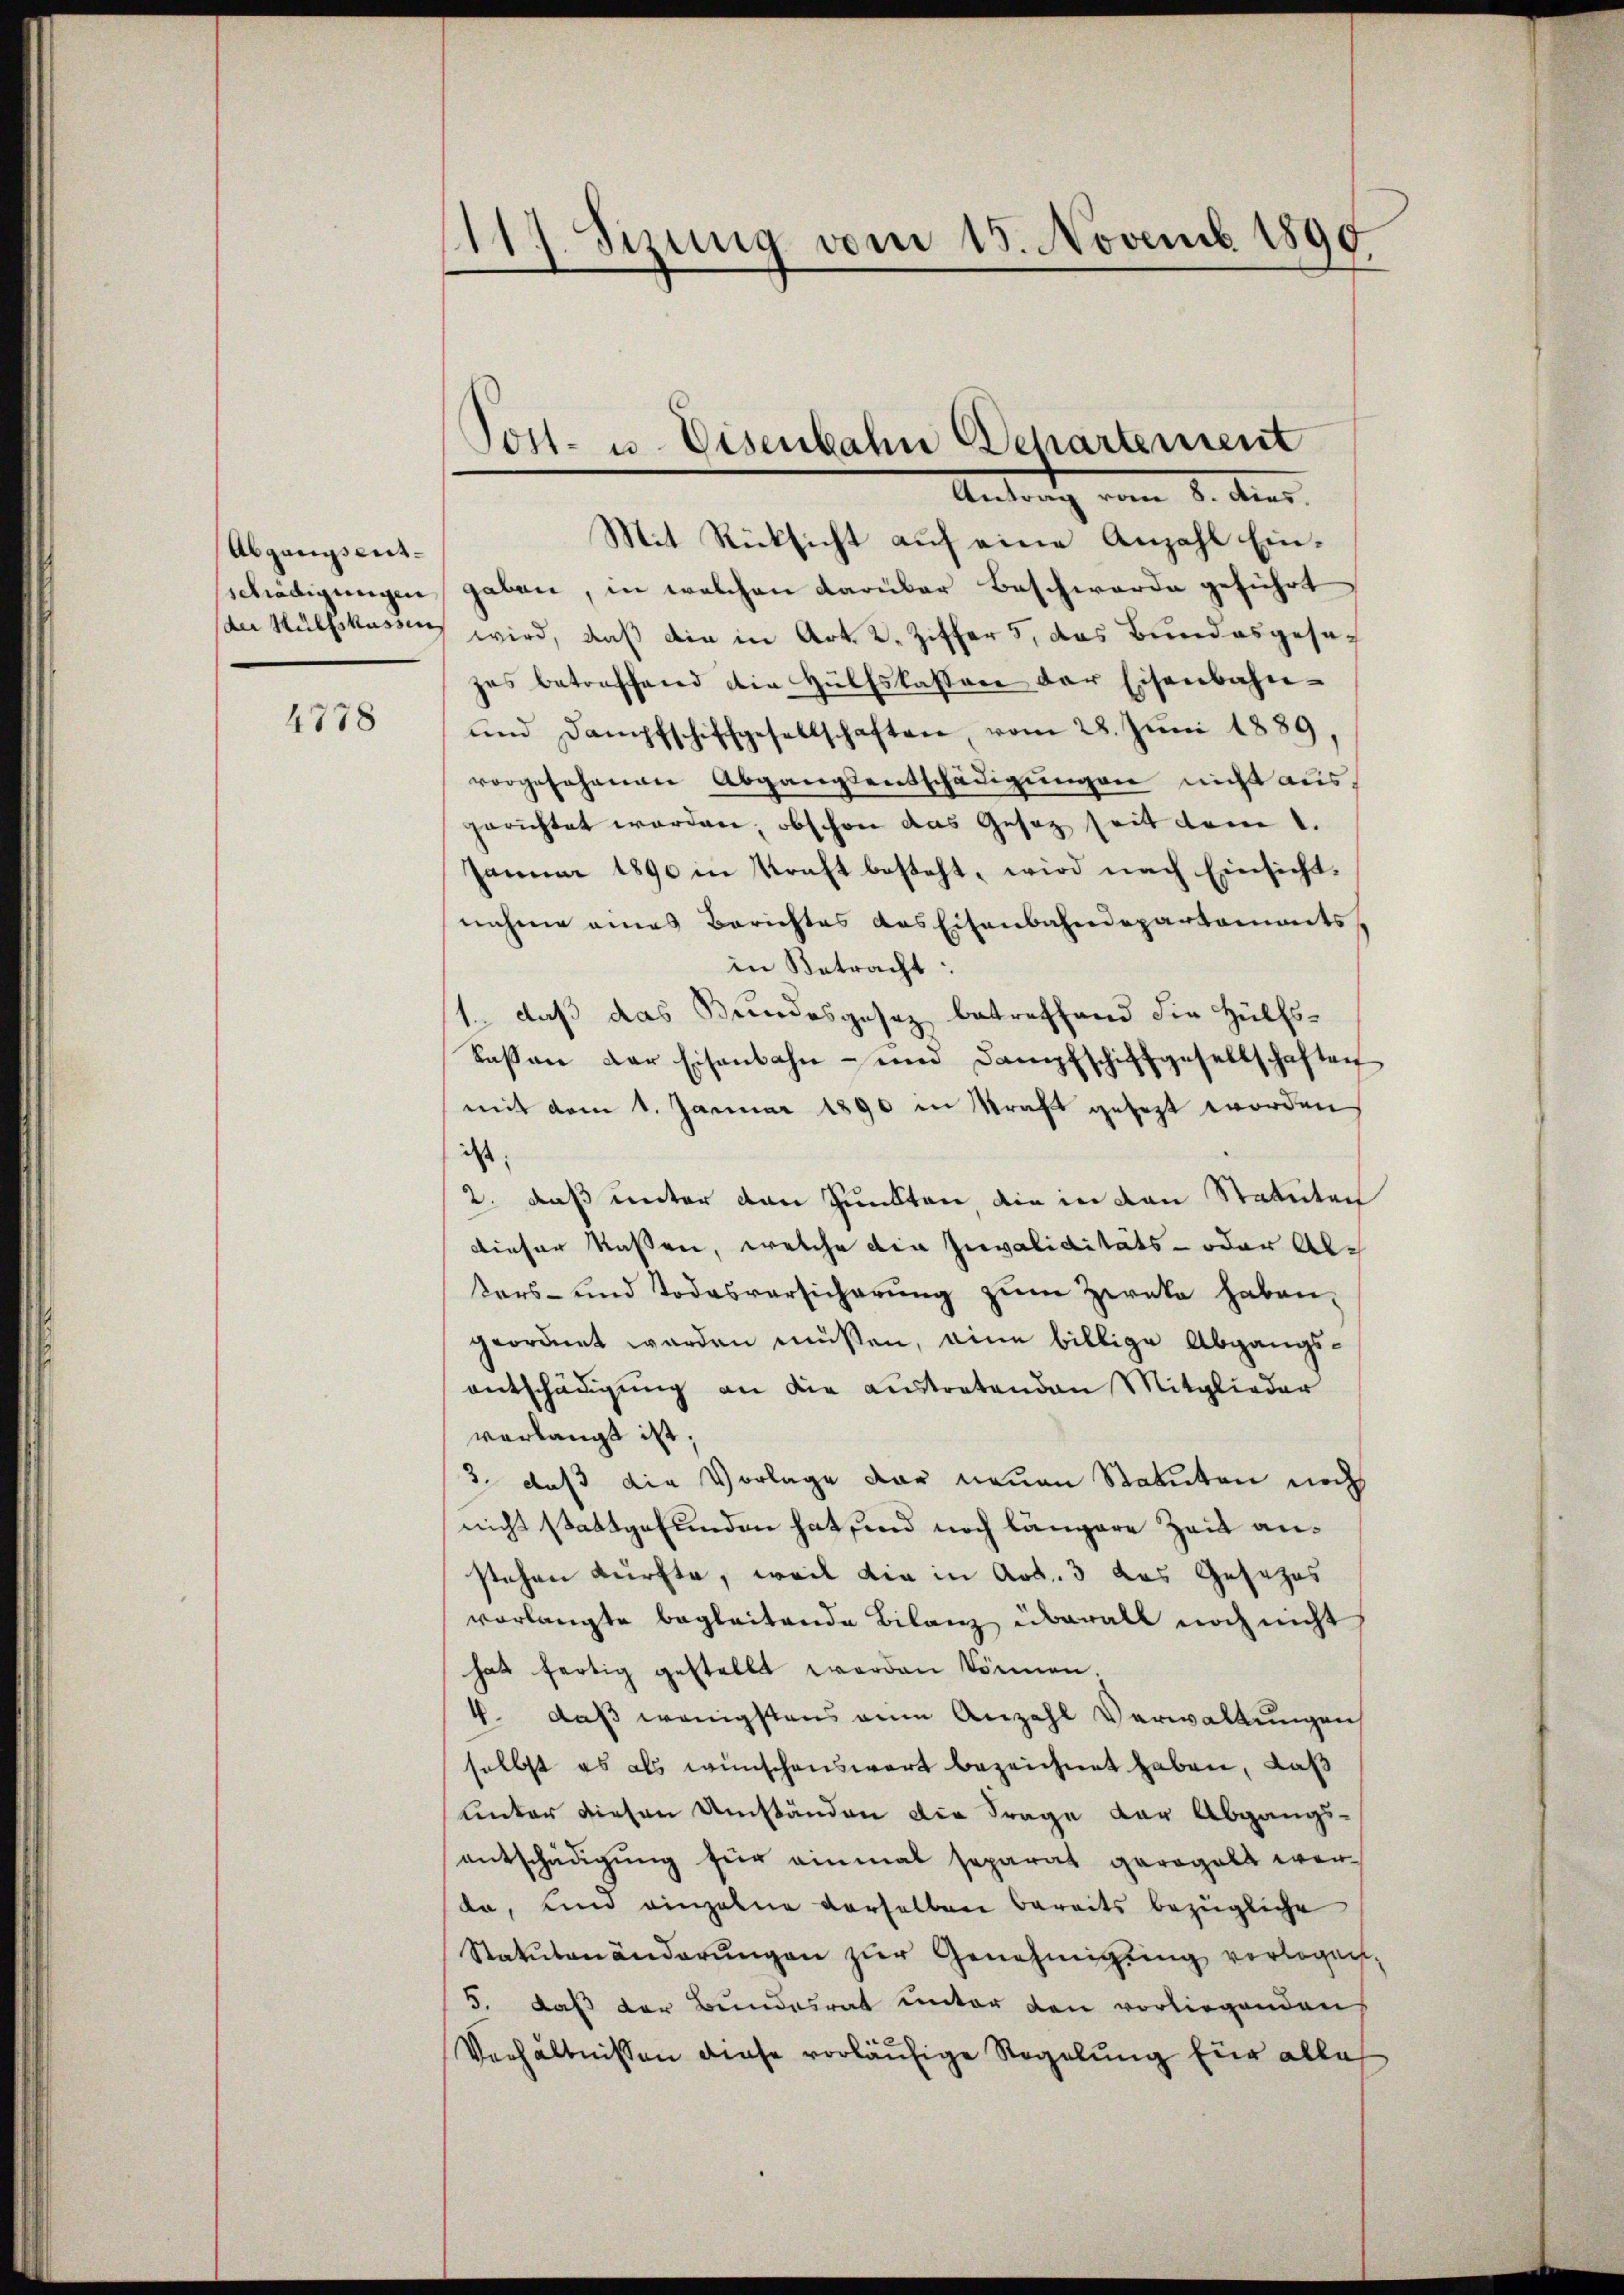
Abgangsentschädigungen
der Hülfskassen

4778

117. Sitzung vom 15. Novemb. 1890

Post- u. Eisenbahn Departement

Antrag vom 8. Auer.
Mit Rücksicht auf eine Anzahl Eingaben, in welchen darüber Beschwerde geführt
wird, daß die in Art. 2. Ziffer 5, das Bundesgesezes betreffend die Hülfslassen der Eisenbahn-
und Dampfschiffgesellschaften vom 28. Jŭni 1889.
vorgesehenen Abgangsentschädigŭngen nicht aus,
gerichtet worden, obschon das Gesetz seit dem 1.
Januar 1890 in Kraft besteht, wird nach Einsicht,
nahme eines Berichtes das Eisenbahndepartements,
in Betracht:
1., daß das Bundesgesez betreffend die Hülfs-
Kaßen der Eisenbahn- und Dampfschiffgesellschaften
mit dem 1. Januar 1890 in Kraft gesezt worden
ist;
2. daß unter den Punkten, die in den Statuten
dieser Kassen, welche die Invaliditäts- oder Altors- und Todesversicherung zum Zweka haben,
geordnet werden müßen, eine billige Abgangsentschädigung an die austratenden Mitglieder
verlangt ist;
3. daß die Vorlage der neuen Statuten noch
nicht stattgefunden hat sind noch längere Zeit anstehen dürfte, weil die in Art. 3 das Gesezes
vorlangte begleitende Bilanz überall noch nicht
hat fertig gestellt werden können;
4. daß wenigstens ein Anzahl Verwaltungen
selbst es als wünschenswert bezeichnet haben, daß
unter diesen Umständen die Frage der Abgangsentschädigung für einmal separat geregelt wer
da, und einzelne derselben bereits bezügliche
Statutenänderŭngen zŭr Genehmigŭng verlegen,
5. daß der Bundesrat unter den vorliegenden
Verhältnissen diese vorläufige Regelung für alle